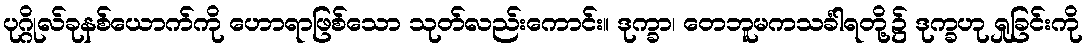
ပုဂ္ဂိုလ်ခုနစ်ယောက်ကို ဟောရာဖြစ်သော သုတ်လည်းကောင်း။ ဒုက္ခာ၊ တေဘူမကသင်္ခါရတို့၌ ဒုက္ခဟု ရှုခြင်းကို